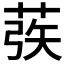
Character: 𰱜